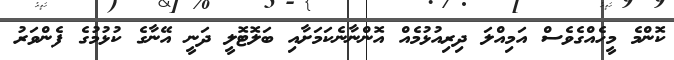
ކޮންމެ މީހެއްގެވެސް އަމިއްލަ ދިރިއުޅުމެއް އޮންނާނެކަމަށާއި ބަލޮޓޮލީ ދަނީ އޭނާގެ ކުޅުމުގެ ފެންވަރު